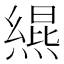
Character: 𪹩